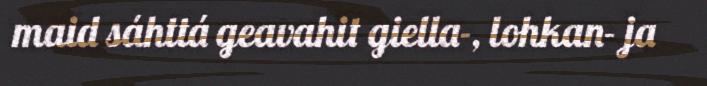
maid sáhttá geavahit giella-, lohkan- ja